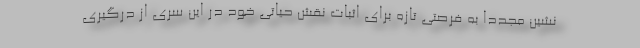
نشین مجددا به فرصتی تازه برای اثبات نقش حیاتی خود در این سری از درگیری